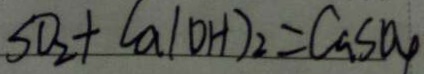
S O _ { 2 } + C a ( O H ) _ { 2 } = C a S O _ { 4 }